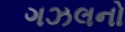
ગઝલનો